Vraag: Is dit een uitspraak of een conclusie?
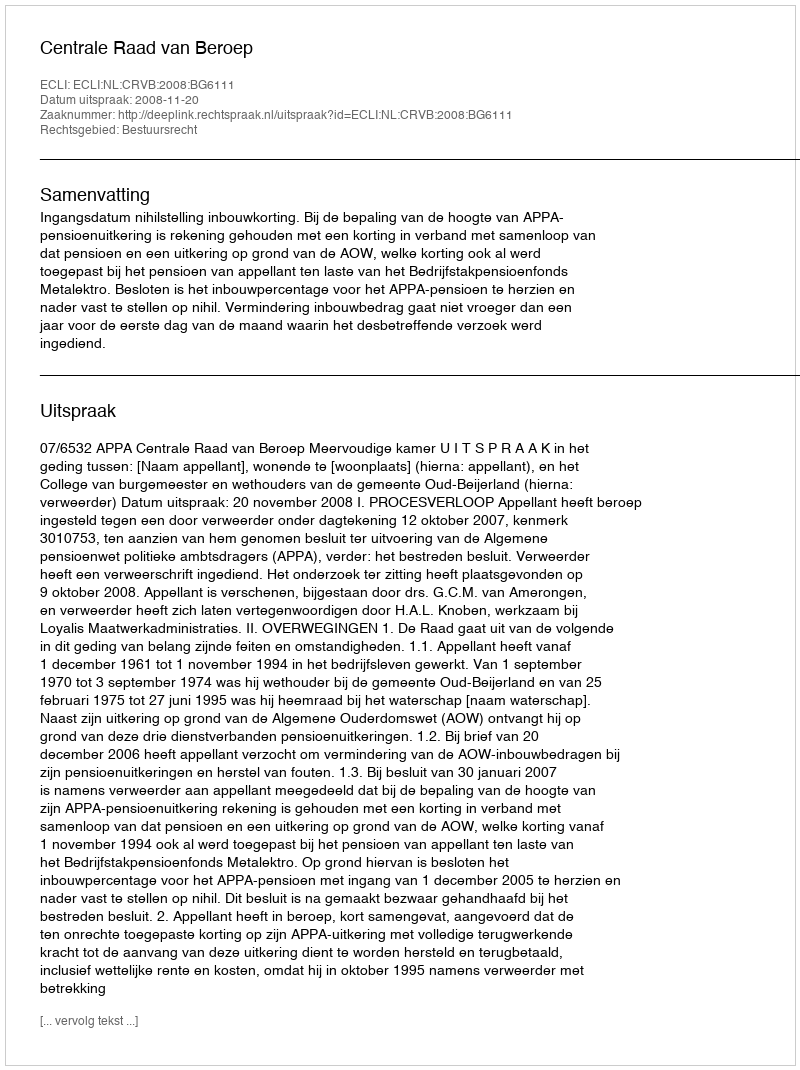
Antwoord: Uitspraak